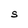
Character: S